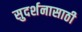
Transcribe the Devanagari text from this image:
सुदर्शनासाठी